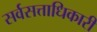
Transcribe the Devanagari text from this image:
सर्वसत्ताधिकारी